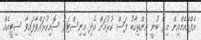
އެފްއޭއެމްއިން މިރޭ ބުނީ އިންތިހާބު ފަސް ކުރުމަށް އެދި މިނިސްޓަރު ސޮއިކުރައްވާފައިވާ ސިޓީއެއް